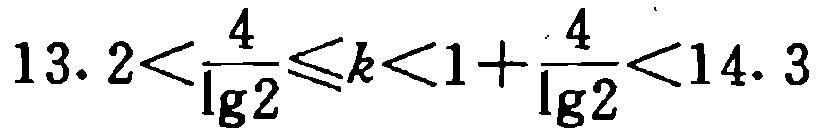
\(13.2<\frac{4}{\lg2}\leqslant k<1 + \frac{4}{\lg2}<14.3\)